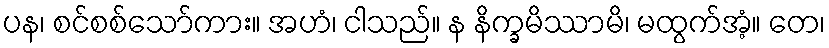
ပန၊ စင်စစ်သော်ကား။ အဟံ၊ ငါသည်။ န နိက္ခမိဿာမိ၊ မထွက်အံ့။ တေ၊